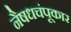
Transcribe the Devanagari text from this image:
नैषधचंपूकार